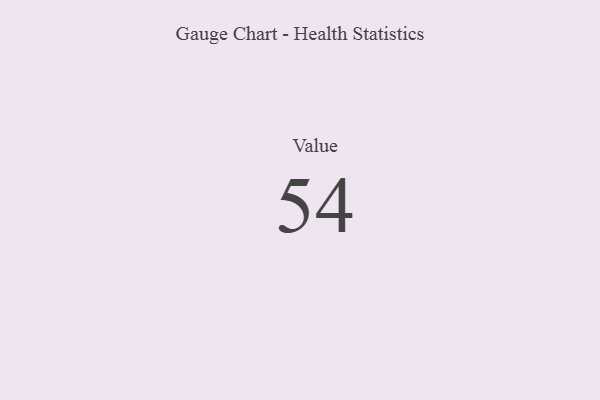
{"axis": {"x": "Metric", "y": "Value"}, "legend": [""], "data": [{"x": "Value", "y": 54, "type": ""}]}